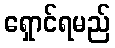
ရှောင်ရမည်